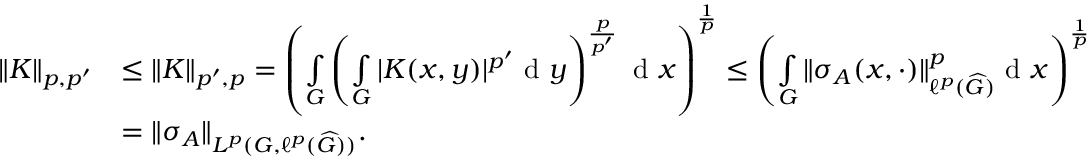
\begin{array} { r l } { \Vert K \Vert _ { p , p ^ { \prime } } } & { \leq \Vert K \Vert _ { p ^ { \prime } , p } = \left( \smallint _ { G } \left( \smallint _ { G } | K ( x , y ) | ^ { p ^ { \prime } } \textnormal { d } y \right) ^ { \frac { p } { p ^ { \prime } } } \textnormal { d } x \right) ^ { \frac { 1 } { p } } \leq \left( \smallint _ { G } \Vert \sigma _ { A } ( x , \cdot ) \Vert _ { \ell ^ { p } ( \widehat { G } ) } ^ { p } \textnormal { d } x \right) ^ { \frac { 1 } { p } } } \\ & { = \Vert \sigma _ { A } \Vert _ { L ^ { p } ( G , \ell ^ { p } ( \widehat { G } ) ) } . } \end{array}